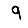
Digit: 9